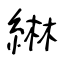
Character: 綝